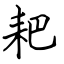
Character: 耙